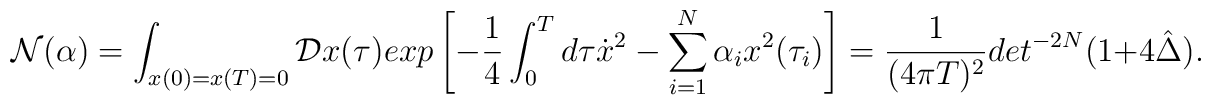
{\cal N}(\alpha)=\int_{x(0)=x(T)=0}{\cal D}x(\tau)exp\left[-{1\over 4}\int_0^Td\tau\dot{x}^2-\sum_{i=1}^N\alpha_ix^2(\tau_i)\right]={1\over (4\pi T)^2}det^{-2N}(1+4\hat{\Delta}).